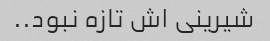
شیرینی اش تازه نبود..